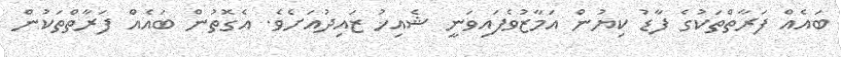
ބައެއް ފަރާތްތަކުގެ ފާޑު ކިޔުން އަމާޒުވެފައިވަނީ ޝެއިޚު ޒައިދުއަށެވެ. އެގޮތުން ބައެއް ފަރާތްތަކުން